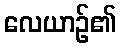
လေယာဉ်၏